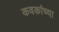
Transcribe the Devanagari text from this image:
कवकांच्या